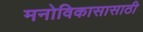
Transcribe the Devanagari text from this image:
मनोविकासासाठी